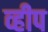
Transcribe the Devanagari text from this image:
व्हीप